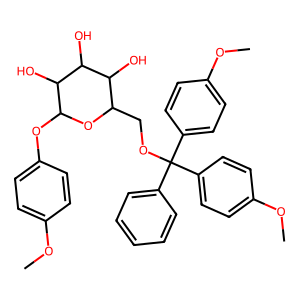
SMILES: COc1ccc(OC2OC(COC(c3ccccc3)(c3ccc(OC)cc3)c3ccc(OC)cc3)C(O)C(O)C2O)cc1
Inhibits HIV replication: No